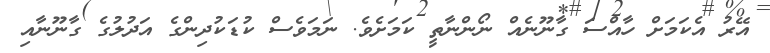
އޭރު އެކަމަށް ހާއްސަ ގާނޫނެއް ނޯންނާތީ ކަމަށެވެ. ނަމަވެސް ކުޑަކުދިންގެ އަދުލުގެ ގާނޫނާއި